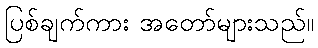
ပြစ်ချက်ကား အတော်များသည်။